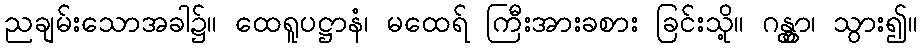
ညချမ်းသောအခါ၌။ ထေရူပဋ္ဌာနံ၊ မထေရ် ကြီးအားခစား ခြင်းသို့။ ဂန္တွာ၊ သွား၍။